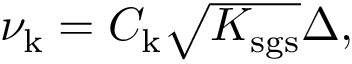
\begin{array} { r } { \nu _ { \mathrm { k } } = C _ { \mathrm { k } } \sqrt { K _ { \mathrm { s g s } } } \Delta , } \end{array}